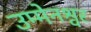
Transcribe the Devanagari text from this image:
उम्मेनश्वर